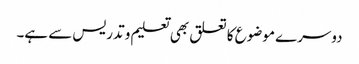
دوسرے موضوع کا تعلق بھی تعلیم و تدریس سے ہے۔